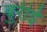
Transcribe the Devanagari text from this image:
बुरीई